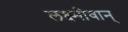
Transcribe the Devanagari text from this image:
लक्ष्मीवान्